Report of the Indian Hemp Drugs Commission, 1894-1895 - Volume I
Year: 1894
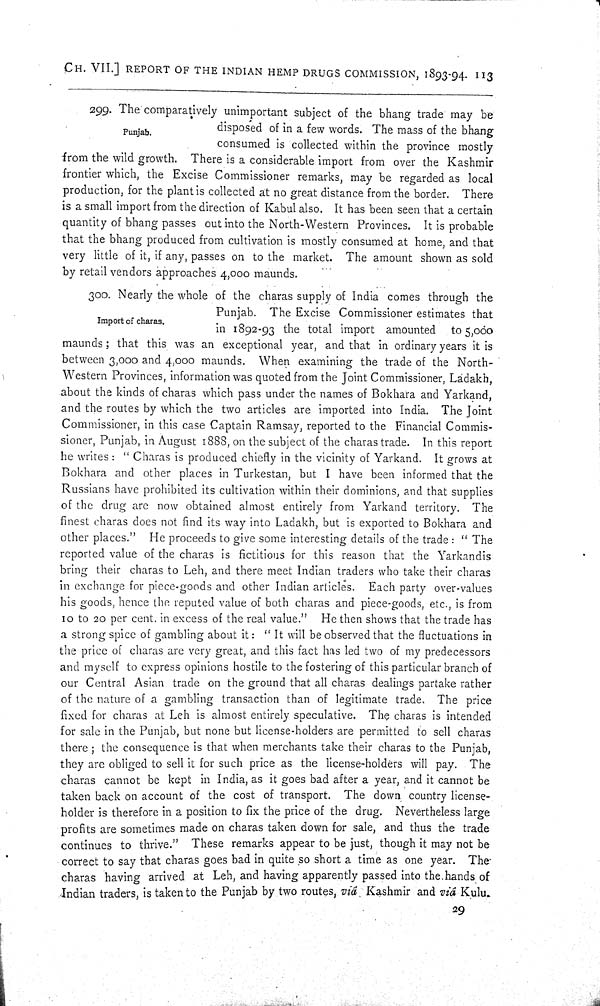
CH. VII.] REPORT OF THE INDIAN HEMP DRUGS COMMISSION, 1893-94. 113
Punjab.
299. The comparatively unimportant subject of the bhang trade may be
disposed of in a few words. The mass of the bhang
consumed is collected within the province mostly
from the wild growth. There is a considerable import from over the Kashmir
frontier which, the Excise Commissioner remarks, may be regarded as local
production, for the plant is collected at no great distance from the border. There
is a small import from the direction of Kabul also. It has been seen that a certain
quantity of bhang passes out into the North-Western Provinces. It is probable
that the bhang produced from cultivation is mostly consumed at home, and that
very little of it, if any, passes on to the market. The amount shown as sold
by retail vendors approaches 4,000 maunds.
Import of charas.
300. Nearly the whole of the charas supply of India comes through the
Punjab. The Excise Commissioner estimates that
in 1892-93 the total import amounted to 5,000
maunds; that this was an exceptional year, and that in ordinary years it is
between 3,000 and 4,000 maunds. When examining the trade of the North-
Western Provinces, information was quoted from the Joint Commissioner, Ladakh,
about the kinds of charas which pass under the names of Bokhara and Yarkand,
and the routes by which the two articles are imported into India. The Joint
Commissioner, in this case Captain Ramsay, reported to the Financial Commis-
sioner, Punjab, in August 1888, on the subject of the charas trade. In this report
he writes: " Charas is produced chiefly in the vicinity of Yarkand. It grows at
Bokhara and other places in Turkestan, but I have been informed that the
Russians have prohibited its cultivation within their dominions, and that supplies
of the drug are now obtained almost entirely from Yarkand territory. The
finest charas does not find its way into Ladakh, but is exported to Bokhara and
other places." He proceeds to give some interesting details of the trade: " The
reported value of the charas is fictitious for this reason that the Yarkandis
bring their charas to Leh, and there meet Indian traders who take their charas
in exchange for piece-goods and other Indian articles. Each party over-values
his goods, hence the reputed value of both charas and piece-goods, etc., is from
10 to 20 per cent. in excess of the real value." He then shows that the trade has
a strong spice of gambling about it: "It will be observed that the fluctuations in
the price of charas are very great, and this fact has led two of my predecessors
and myself to express opinions hostile to the fostering of this particular branch of
our Central Asian trade on the ground that all charas dealings partake rather
of the nature of a gambling transaction than of legitimate trade. The price
fixed for charas at Leh is almost entirely speculative. The charas is intended
for sale in the Punjab, but none but license-holders are permitted to sell charas
there; the consequence is that when merchants take their charas to the Punjab,
they are obliged to sell it for such price as the license-holders will pay. The
charas cannot be kept in India, as it goes bad after a year, and it cannot be
taken back on account of the cost of transport. The down country license-
holder is therefore in a position to fix the price of the drug. Nevertheless large
profits are sometimes made on charas taken down for sale, and thus the trade
continues to thrive." These remarks appear to be just, though it may not be
correct to say that charas goes bad in quite so short a time as one year. The
charas having arrived at Leh, and having apparently passed into the hands of
Indian traders, is taken to the Punjab by two routes, via Kashmir and viá Kulu.
29